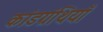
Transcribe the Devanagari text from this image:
कांडग्रंथियाँ